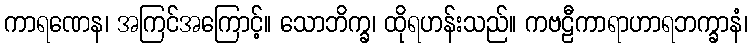
ကာရဏေန၊ အကြင်အကြောင့်။ သောဘိက္ခ၊ ထိုရဟန်းသည်။ ကဗဠီကာရာဟာရဘက္ခာနံ၊